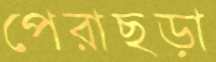
পেরাছড়া